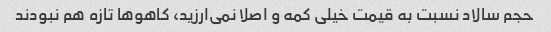
حجم سالاد نسبت به قیمت خیلی کمه و اصلا نمی‌ارزید، کاهو‌ها تازه هم نبودند